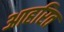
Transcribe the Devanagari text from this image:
आहरित